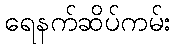
ရေနက်ဆိပ်ကမ်း